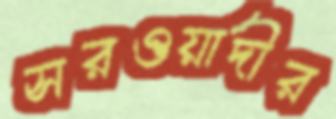
সরওয়ার্দীর